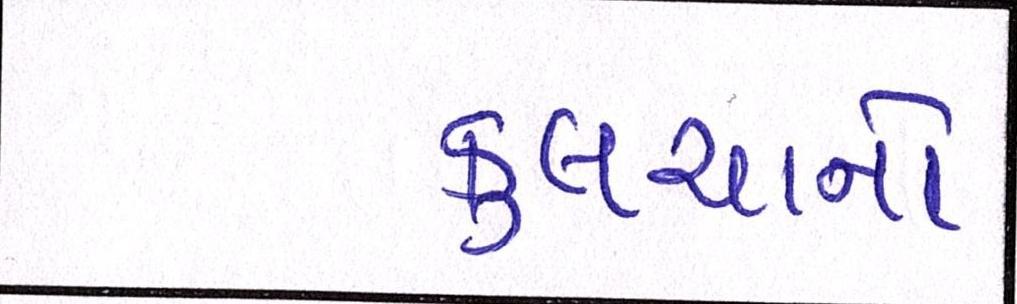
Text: કુલચાનો